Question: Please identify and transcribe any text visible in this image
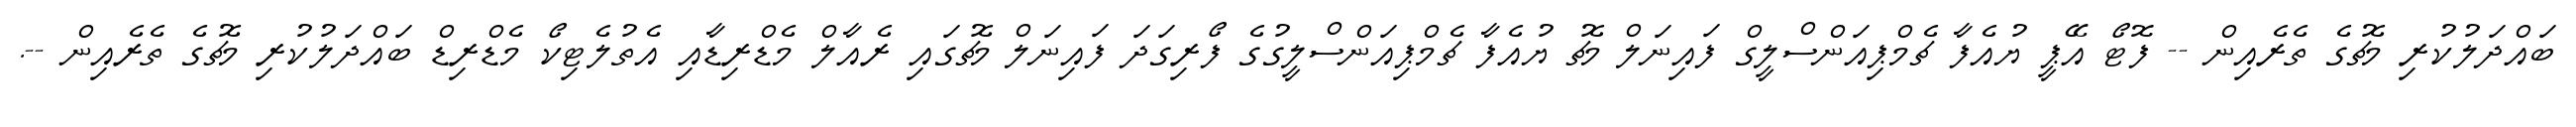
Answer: ބައްދަލުކުރި މެޗުގެ ތެރެއިން -- ފޮޓޯ އޭޕީ ޔުއެފާ ޗެމްޕިއަންސްލީގް ފައިނަލް މެޗު ޔުއެފާ ޗެމްޕިއަންސްލީގުގެ ފޯރިގަދަ ފައިނަލް މެޗުގައި ރެއާލް މެޑްރިޑާއި އެތުލެޓިކޯ މެޑްރިޑް ބައްދަލުކުރި މެޗުގެ ތެރެއިން --.